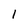
Character: 1